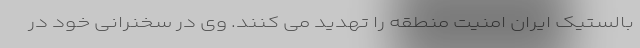
بالستیک ایران امنیت منطقه را تهدید می کنند. وی در سخنرانی خود در